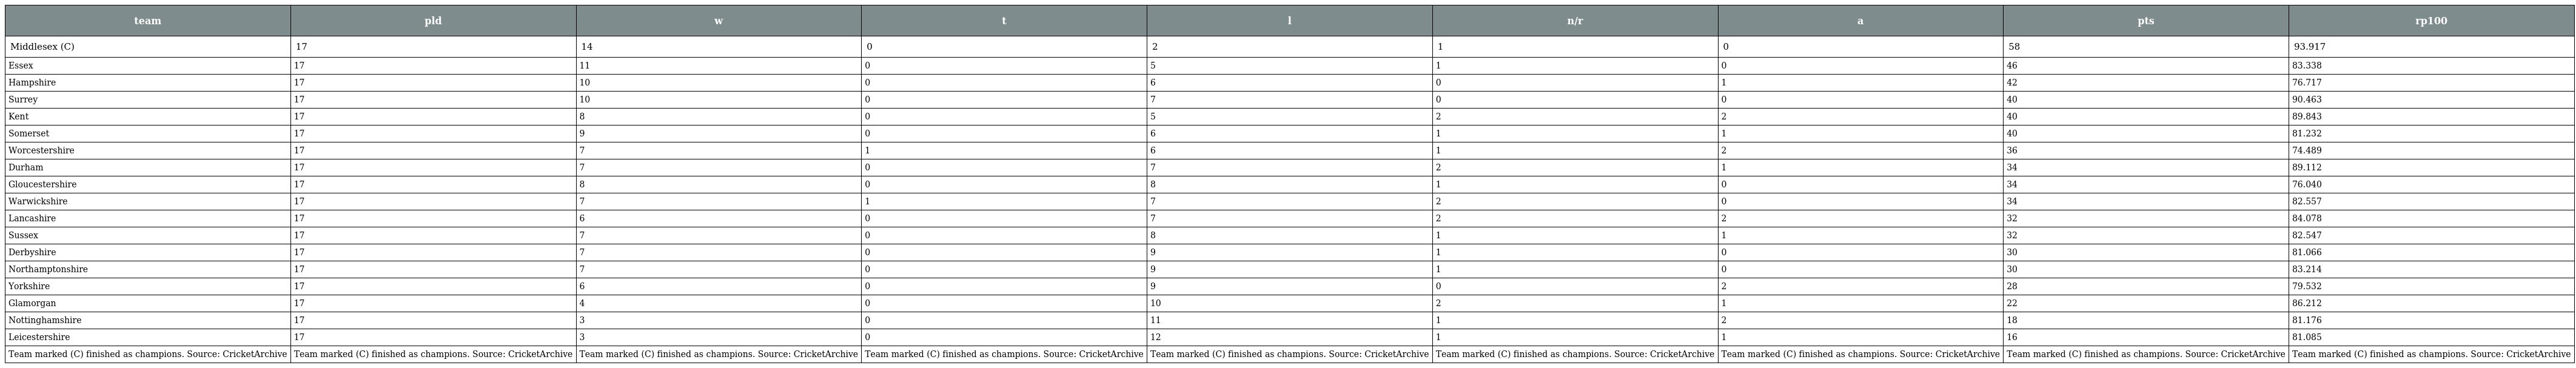
| team | pld | w | t | l | n/r | a | pts | rp100 |
 | --- | --- | --- | --- | --- | --- | --- | --- | --- |
 | Middlesex (C) | 17 | 14 | 0 | 2 | 1 | 0 | 58 | 93.917 |
 | Essex | 17 | 11 | 0 | 5 | 1 | 0 | 46 | 83.338 |
 | Hampshire | 17 | 10 | 0 | 6 | 0 | 1 | 42 | 76.717 |
 | Surrey | 17 | 10 | 0 | 7 | 0 | 0 | 40 | 90.463 |
 | Kent | 17 | 8 | 0 | 5 | 2 | 2 | 40 | 89.843 |
 | Somerset | 17 | 9 | 0 | 6 | 1 | 1 | 40 | 81.232 |
 | Worcestershire | 17 | 7 | 1 | 6 | 1 | 2 | 36 | 74.489 |
 | Durham | 17 | 7 | 0 | 7 | 2 | 1 | 34 | 89.112 |
 | Gloucestershire | 17 | 8 | 0 | 8 | 1 | 0 | 34 | 76.040 |
 | Warwickshire | 17 | 7 | 1 | 7 | 2 | 0 | 34 | 82.557 |
 | Lancashire | 17 | 6 | 0 | 7 | 2 | 2 | 32 | 84.078 |
 | Sussex | 17 | 7 | 0 | 8 | 1 | 1 | 32 | 82.547 |
 | Derbyshire | 17 | 7 | 0 | 9 | 1 | 0 | 30 | 81.066 |
 | Northamptonshire | 17 | 7 | 0 | 9 | 1 | 0 | 30 | 83.214 |
 | Yorkshire | 17 | 6 | 0 | 9 | 0 | 2 | 28 | 79.532 |
 | Glamorgan | 17 | 4 | 0 | 10 | 2 | 1 | 22 | 86.212 |
 | Nottinghamshire | 17 | 3 | 0 | 11 | 1 | 2 | 18 | 81.176 |
 | Leicestershire | 17 | 3 | 0 | 12 | 1 | 1 | 16 | 81.085 |
 | Team marked (C) finished as champions. Source: CricketArchive | Team marked (C) finished as champions. Source: CricketArchive | Team marked (C) finished as champions. Source: CricketArchive | Team marked (C) finished as champions. Source: CricketArchive | Team marked (C) finished as champions. Source: CricketArchive | Team marked (C) finished as champions. Source: CricketArchive | Team marked (C) finished as champions. Source: CricketArchive | Team marked (C) finished as champions. Source: CricketArchive | Team marked (C) finished as champions. Source: CricketArchive |